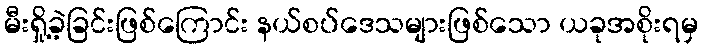
မီးရှို့ခဲ့ခြင်းဖြစ်ကြောင်း နယ်စပ်ဒေသများဖြစ်သော ယခုအစိုးရမှ